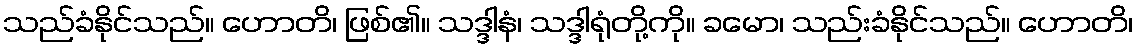
သည်ခံနိုင်သည်။ ဟောတိ၊ ဖြစ်၏။ သဒ္ဒါနံ၊ သဒ္ဒါရုံတို့ကို။ ခမော၊ သည်းခံနိုင်သည်။ ဟောတိ၊